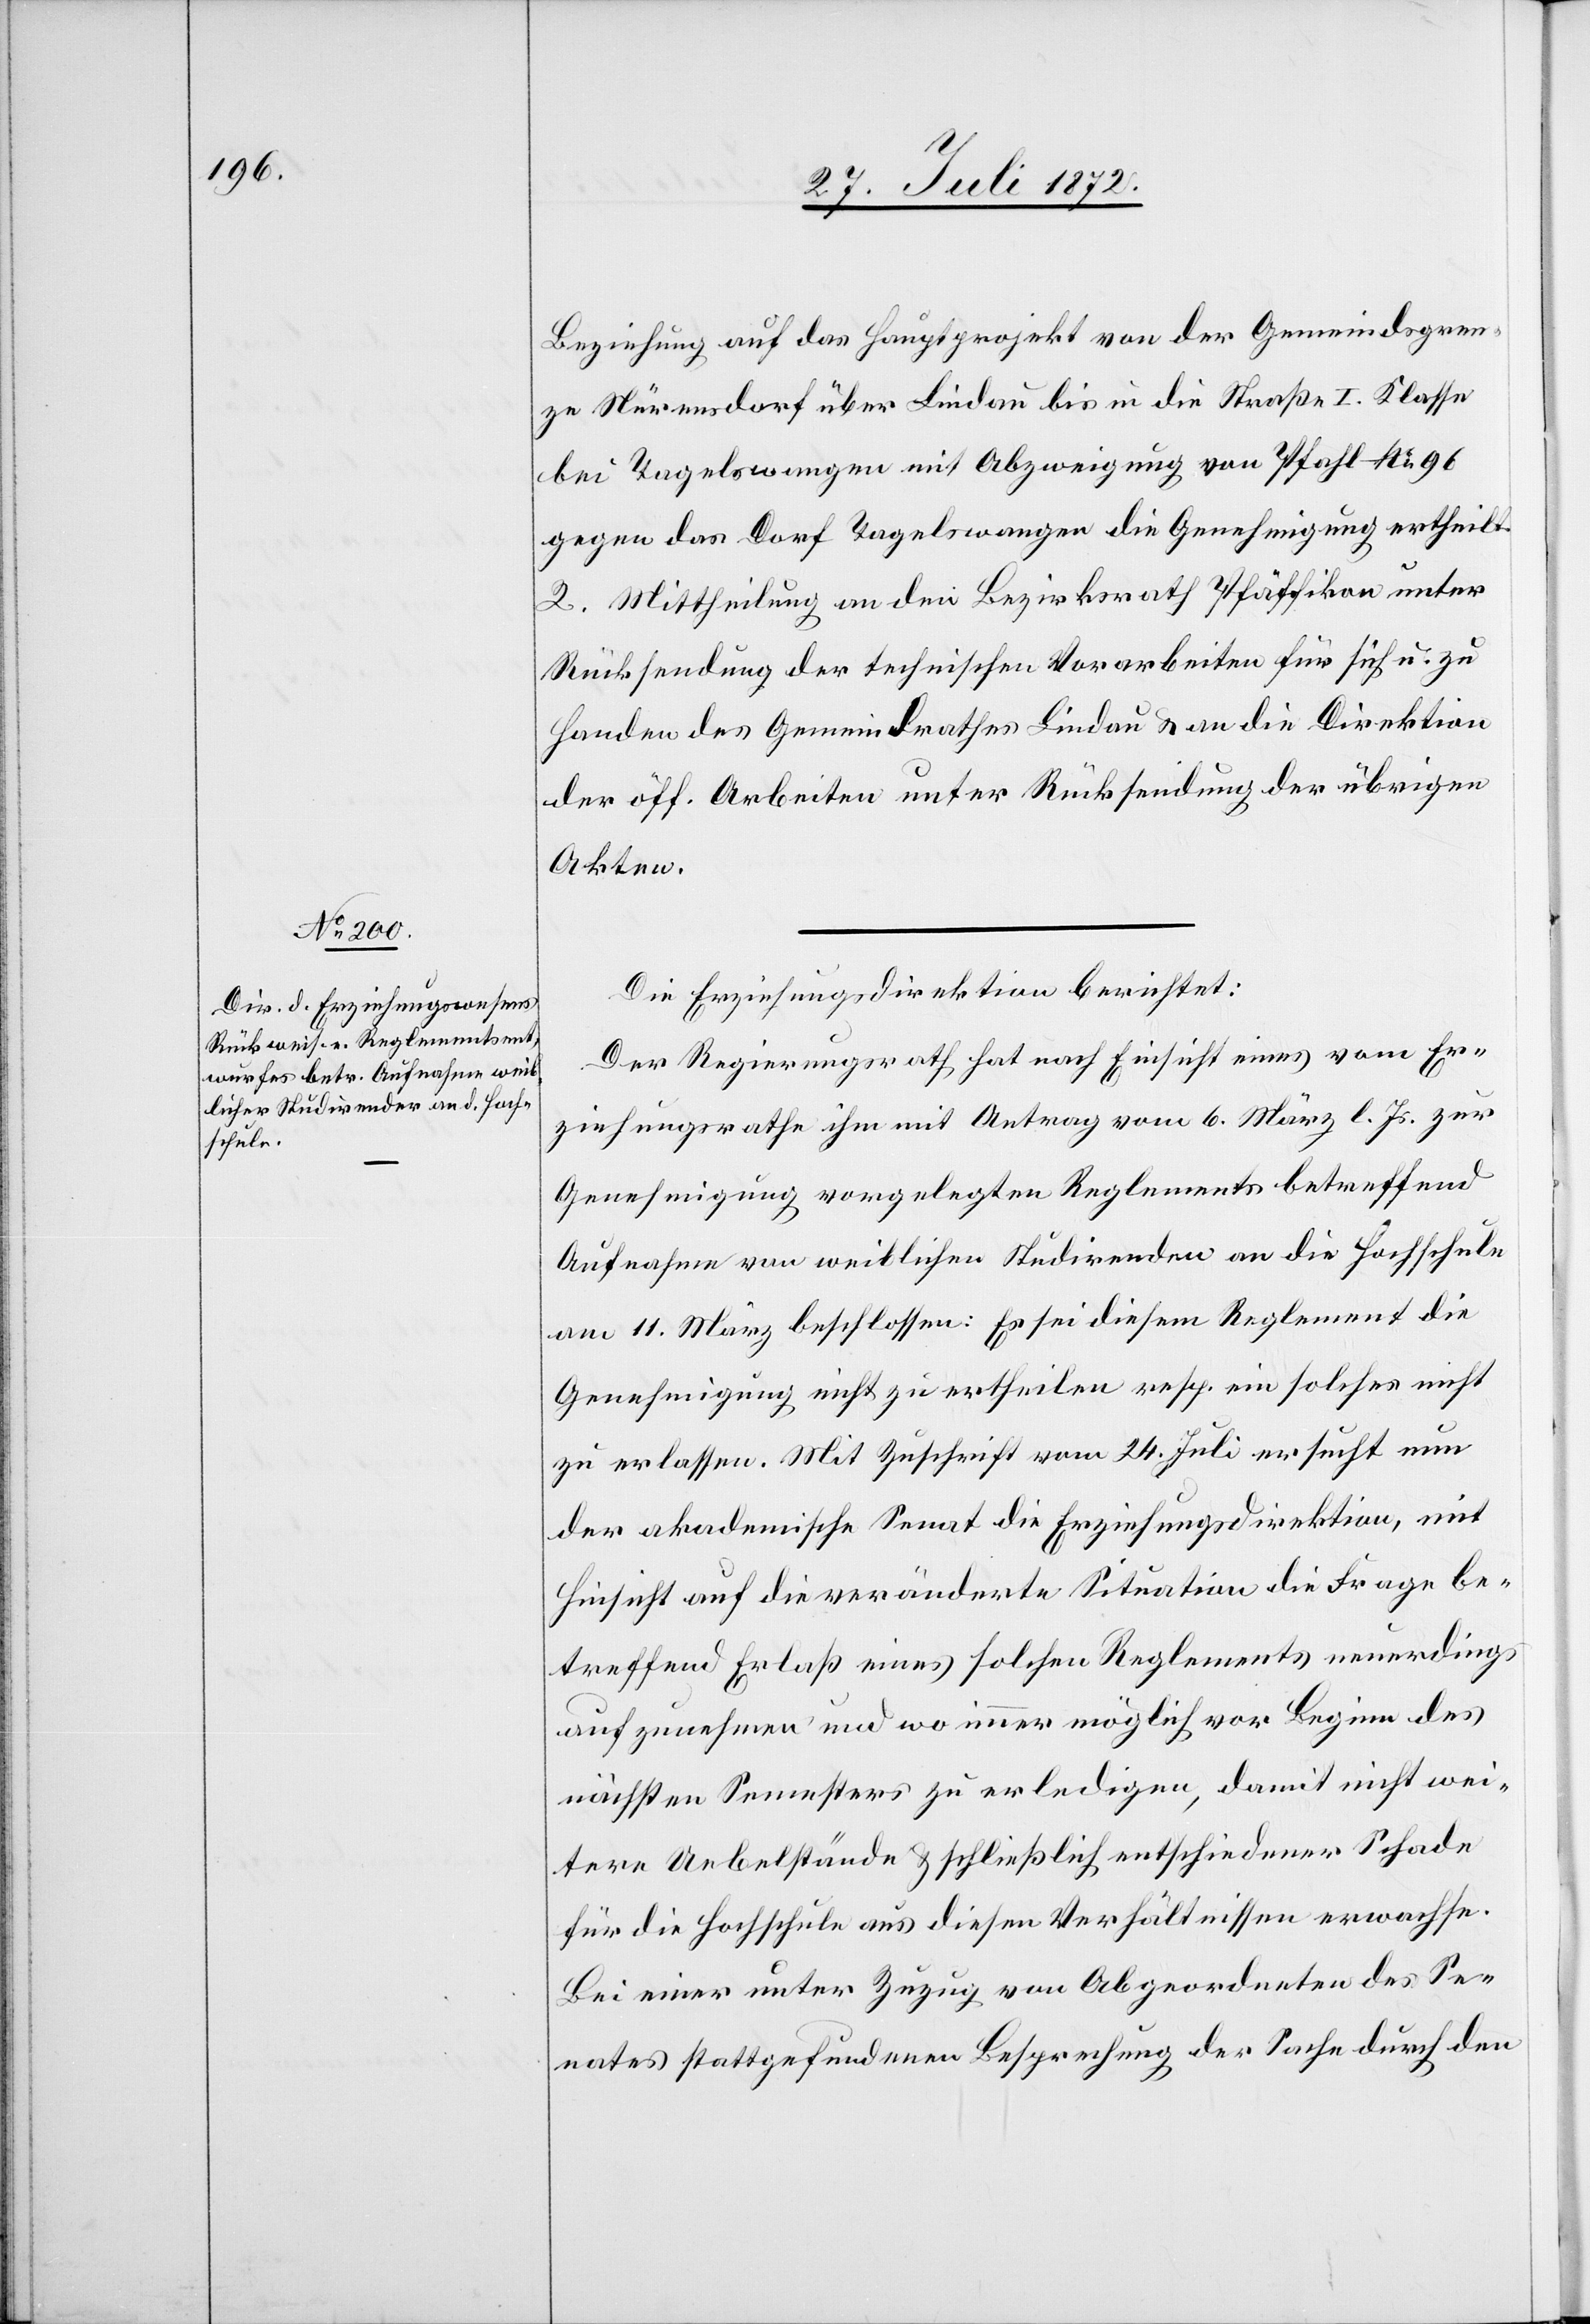
Beziehung auf das Hauptprojekt von der Gemeindsgren¬
ze Nürensdorf über Lindau bis in die Straße I. Klasse
bei Tagelswangen mit Abzweigung von Pfahl No 96
gegen das Dorf Tagelswangen die Genehmigung ertheilt.
2. Mittheilung an den Bezirksrath Pfäffikon unter
Rücksendung der technischen Vorarbeiten für sich u. zu
Handen des Gemeindrathes Lindau u. an die Direktion
der öff. Arbeiten unter Rücksendung der übrigen
Akten.
Die Erziehungsdirektion berichtet:
Der Regierungsrath hat nach Einsicht eines vom Er¬
ziehungsrathe ihm mit Antrag vom 6. März l. Js. zur
Genehmigung vorgelegten Reglements betreffend
Aufnahme von weiblichen Studirenden an die Hochschule
am 11. März beschlossen: Es sei diesem Reglement die
Genehmigung nicht zu ertheilen resp. ein solches nicht
zu erlassen. Mit Zuschrift vom 24. Juli ersucht nun
der akademische Senat die Erziehungsdirektion, mit
Hinsicht auf die veränderte Situation die Frage be¬
treffend Erlaß eines solches Reglements neuerdings
aufzunehmen und wo immer möglich vor Beginn des
nächsten Semesters zu erledigen, damit nicht wei¬
tere Uebelstände u. schließlich entschiedener Schade[n]
für die Hochschule aus diesen Verhältnissen erwachse.
Bei einer unter Zuzug von Abgeordneten des Se¬
nates stattgefundenen Besprechung der Sache durch den